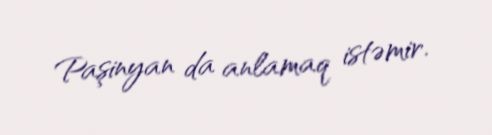
Paşinyan da anlamaq istəmir.